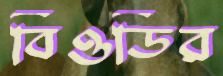
বিওডির